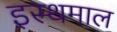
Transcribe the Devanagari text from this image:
इस्थमाल